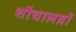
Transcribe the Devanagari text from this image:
शौचालय़ों